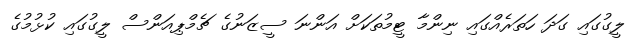
ލީގުގައި ގަދަ ހަތަރެއްގައި ނިންމާ ޓީމުތަކަށް އަންނަ ސީޒަނުގެ ޗެމްޕިއަންސް ލީގުގައި ކުޅުމުގެ